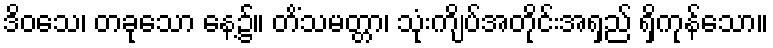
ဒိဝသေ၊ တခုသော နေ့၌။ တိံသမတ္တာ၊ သုံးကျိပ်အတိုင်းအရှည် ရှိကုန်သော။